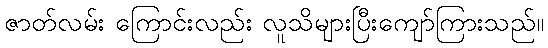
ဇာတ်လမ်း ကြောင်းလည်း လူသိများပြီးကျော်ကြားသည်။